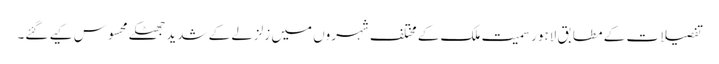
تفصیلات کے مطابق لاہور سمیت ملک کے مختلف شہروں میں زلزلے کے شدید جھٹکے محسوس کیے گئے۔